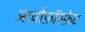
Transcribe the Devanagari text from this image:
आर्थोफ़ॉस्फ़ेट